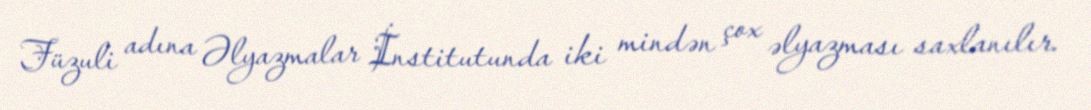
Füzuli adına Əlyazmalar İnstitutunda iki mindən çox əlyazması saxlanılır.